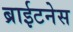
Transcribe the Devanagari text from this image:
ब्राईटनेस